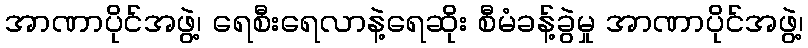
အာဏာပိုင်အဖွဲ့၊ ရေစီးရေလာနဲ့ရေဆိုး စီမံခန့်ခွဲမှု အာဏာပိုင်အဖွဲ့၊